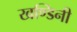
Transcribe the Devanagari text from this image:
खण्डिनी